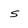
Character: s